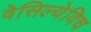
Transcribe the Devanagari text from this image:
वेसिल्येविच